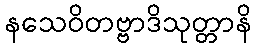
နသေဝိတဗ္ဗာဒိသုတ္တာနိ